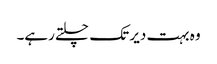
وہ بہت دیر تک چلتے رہے۔